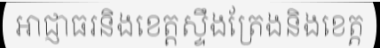
អាជ្ញាធរនិងខេត្តស្ទឹងត្រែងនិងខេត្ត